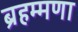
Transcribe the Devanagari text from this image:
ब्रहम्मणा